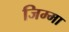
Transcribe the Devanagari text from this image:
जिम्‍मा